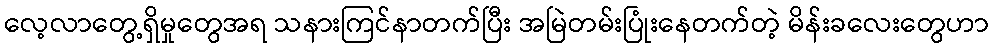
လေ့လာတွေ့ရှိမှုတွေအရ သနားကြင်နာတက်ပြီး အမြဲတမ်းပြုံးနေတက်တဲ့ မိန်းခလေးတွေဟာ